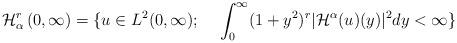
LaTeX: \begin{align*}\mathcal{H}^r_{\alpha}\left(0,\infty\right)=\{u\in L^2(0,\infty);~~~ \int_0^{\infty}(1+y^2)^r|\mathcal{H}^{\alpha}(u)(y)|^2dy<\infty\}\end{align*}